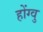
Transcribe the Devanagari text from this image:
होंग्वु